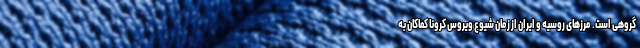
گروهی است. مرزهای روسیه و ایران از زمان شیوع ویروس کرونا کماکان به